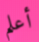
أعلم